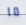
ما